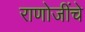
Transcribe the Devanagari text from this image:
राणोजींचे